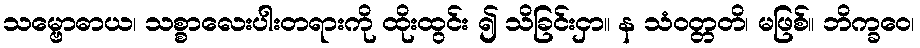
သမ္ဗောဓာယ၊ သစ္စာလေးပါးတရားကို ထိုးထွင်း ၍ သိခြင်းငှာ။ န သံဝတ္တတိ၊ မဖြစ်။ ဘိက္ခဝေ၊